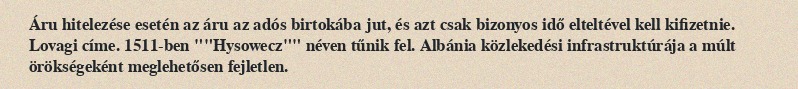
Áru hitelezése esetén az áru az adós birtokába jut, és azt csak bizonyos idő elteltével kell kifizetnie. Lovagi címe. 1511-ben ""Hysowecz"" néven tűnik fel. Albánia közlekedési infrastruktúrája a múlt örökségeként meglehetősen fejletlen.